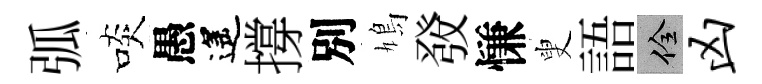
弧啖愚遙撐別鳩𤼲慊叟語佺凶